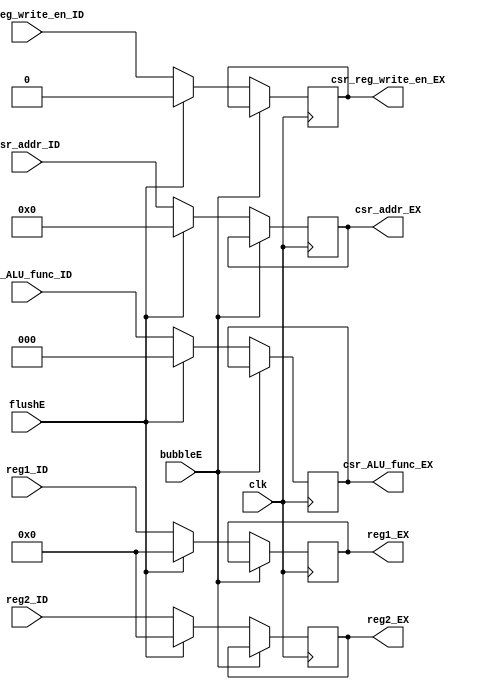
`timescale 1ns / 1ps
//////////////////////////////////////////////////////////////////////////////////
// Company: USTC ESLAB
// 
// Design Name: RV32I Core
// Module Name: Operator 1 Seg Reg
// Tool Versions: Vivado 2017.4.1
// Description: Operator 1 Seg Reg for ID\EX
// 
//////////////////////////////////////////////////////////////////////////////////


//  
    // ID\EXCSR
// 
    // clk               
    // reg1              General Register File1
    // reg2              Csr Register File1
    // bubbleE           EXbubble
    // flushE            EXflush
// 
    // reg1_EX           1
    // reg2_EX           1
//   
    // 

module Csr_EX(
    input wire clk, bubbleE, flushE,
    input wire [31:0] reg1_ID,
    input wire [31:0] reg2_ID,
    input wire csr_reg_write_en_ID,
    input wire [11:0]csr_addr_ID,
    input wire [2:0] csr_ALU_func_ID,
    output reg [2:0]csr_ALU_func_EX,
    output reg [11:0]csr_addr_EX,
    output reg csr_reg_write_en_EX,
    output reg [31:0] reg1_EX,
    output reg [31:0] reg2_EX
    );

    initial 
    begin
    reg1_EX = 0;
    reg2_EX = 0;
    csr_reg_write_en_EX = 0;
    csr_addr_EX = 0;
    csr_ALU_func_EX = 0;
    end
    
    always@(posedge clk)
        if (!bubbleE) 
        begin
            if (flushE)
            begin
                reg1_EX <= 0;
                reg2_EX <= 0;
                csr_reg_write_en_EX = 0;
                csr_addr_EX = 0;
                csr_ALU_func_EX = 0;
            end
            else 
            begin
                reg1_EX <= reg1_ID;
                reg2_EX <= reg2_ID;
                csr_reg_write_en_EX = csr_reg_write_en_ID;
                csr_addr_EX = csr_addr_ID;
                csr_ALU_func_EX = csr_ALU_func_ID;
            end
        end
    
endmodule